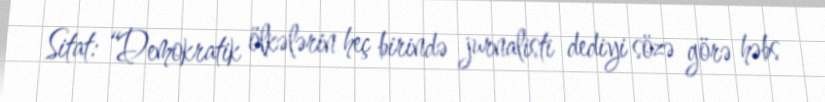
Sitat: “Demokratik ölkələrin heç birində jurnalisti dediyi sözə görə həbs